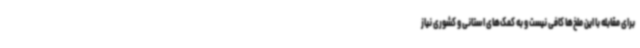
برای مقابله با این ملخ‌ها کافی نیست و به کمک‌های استانی و کشوری نیاز